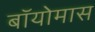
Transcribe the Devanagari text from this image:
बॉयोमास